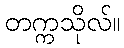
တက္ကသိုလ်။